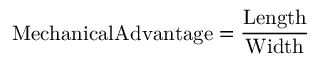
\mathrm { { M e c h a n i c a l A d v a n t a g e = { \frac { L e n g t h } { W i d t h } } } }